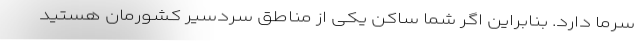
سرما دارد. بنابراین اگر شما ساکن یکی از مناطق سردسیر کشورمان هستید